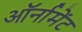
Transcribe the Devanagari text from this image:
ऑर्नामेंट